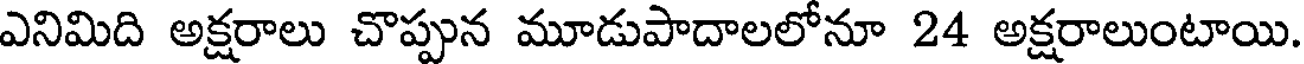
ఎనిమిది అక్షరాలు చొప్పున మూడుపాదాలలోనూ 24 అక్షరాలుంటాయి.